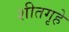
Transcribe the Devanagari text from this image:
शीतगृहे